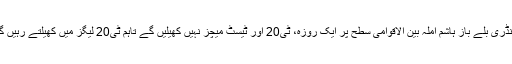
لیجنڈری بلے باز ہاشم آملہ بین الاقوامی سطح پر ایک روزہ، ٹی20 اور ٹیسٹ میچز نہیں کھیلیں گے تاہم ٹی20 لیگز میں کھیلتے رہیں گے۔